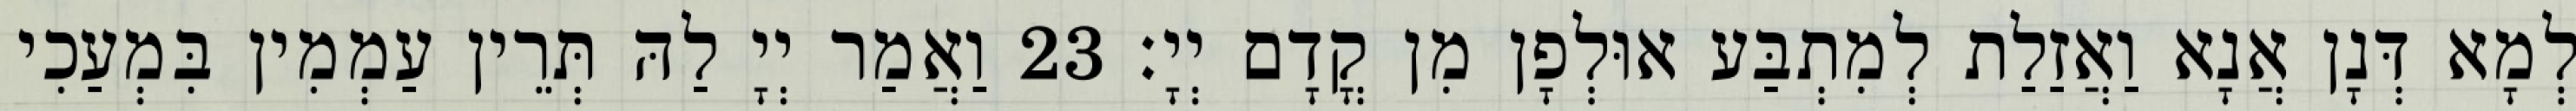
לְמָא דְּנָן אֲנָא וַאֲזַלַת לְמִתְבַּע אוּלְפָן מִן קֳדָם יְיָ׃ 23 וַאֲמַר יְיָ לַהּ תְּרֵין עַמְמִין בִּמְעַכִי